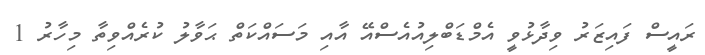
ރައީސް ފައިޒަރު ވިދާޅުވީ އެމްޑަބްލިއުއެސްއޭ އާއި މަސައްކަތް ޙަވާލު ކުރެއްވިތާ މިހާރު 1